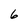
Character: 6